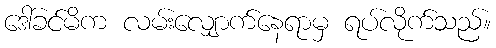
ဒေါ်ခင်မိက လမ်းလျှောက်နေရာမှ ရပ်လိုက်သည်။